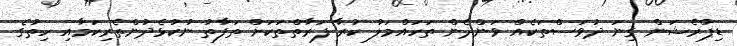
ޑިޕްރެޝަން ގިނަ ދުވަސްތަކެއް ވަންދެން ތަހައްމަލު ކުރާ ފަރާތްތަކަށް ތަފާތު ނުކުޅެދުންތެރިކަމާއި ހިތުގެ